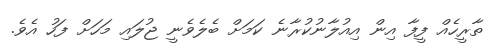
ތާރީހެއް ފީފާ އިން އިއުލާނުކުރާނެ ކަމަށް ބެލެވެނީ ޖުލައި މަހަށް ފަހު އެވެ.